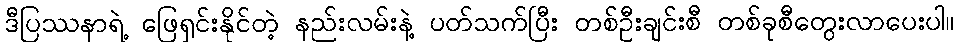
ဒီပြဿနာရဲ့ ဖြေရှင်းနိုင်တဲ့ နည်းလမ်းနဲ့ ပတ်သက်ပြီး တစ်ဦးချင်းစီ တစ်ခုစီတွေးလာပေးပါ။